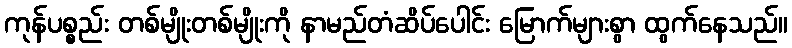
ကုန်ပစ္စည်း တစ်မျိုးတစ်မျိုးကို နာမည်တံဆိပ်ပေါင်း မြောက်များစွာ ထွက်နေသည်။